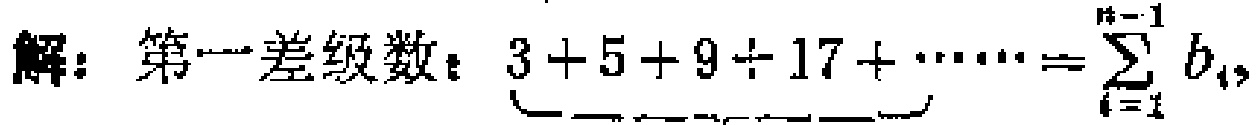
解：第一差级数：$\underbrace{3 + 5 + 9 + 17+\cdots\cdots}_{}=\sum_{i = 1}^{n - 1}b_{i}$